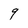
Character: 9